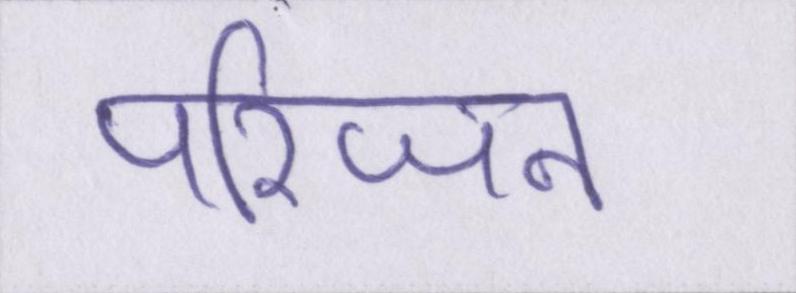
परिजन